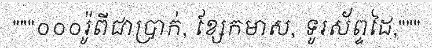
"""០០០រ៉ូពីជាប្រាក់, ខ្សែកមាស, ទូរស័ព្ទដៃ,"""